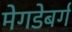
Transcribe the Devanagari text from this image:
मेगडेबर्ग